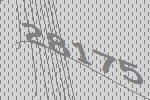
28175